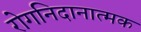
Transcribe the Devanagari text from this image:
रोगनिदानात्मक